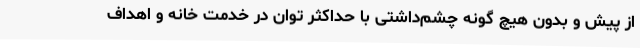
از پیش و بدون هیچ گونه چشم‌داشتی با حداکثر توان در خدمت خانه و اهداف